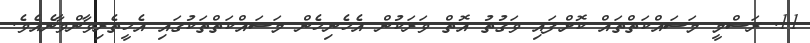
11. ރަސްމީ މަސައްކަތްތައް ކޮށްފައި ވަގުތު އޮތް ވަރަކުން އެހެނިހެން މަސައްކަތްތަކުގައި އެހީތެރިވާންވާނެއެވެ.